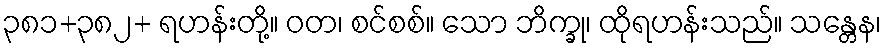
၃၈၁+၃၈၂+ ရဟန်းတို့။ ဝတ၊ စင်စစ်။ သော ဘိက္ခု၊ ထိုရဟန်းသည်။ သန္တေန၊